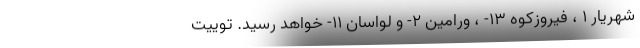
شهریار ۱ ، فیروزکوه ۱۳- ، ورامین ۲- و لواسان ۱۱- خواهد رسید. توییت